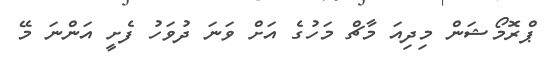
ޕްރޮމޯޝަން މިދިއަ މާޗް މަހުގެ އަށް ވަނަ ދުވަހު ފެށީ އަންނަ މޭ